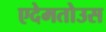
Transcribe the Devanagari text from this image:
एदेमतोउस